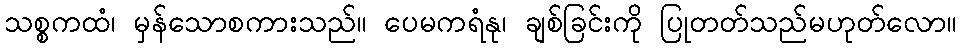
သစ္စကထံ၊ မှန်သောစကားသည်။ ပေမကရံနု၊ ချစ်ခြင်းကို ပြုတတ်သည်မဟုတ်လော။